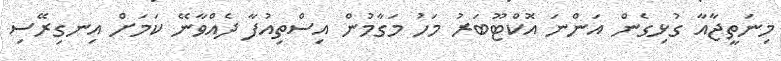
މިނަތީޖާއާ ގުޅިގެން އަންނަ އޮކްޓޫބަރު މަހު މަގާމުން އިސްތިއުފާ ދެއްވާނޭ ކަމަށް އިނގިރޭސި